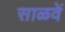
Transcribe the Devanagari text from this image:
साळवें